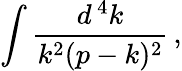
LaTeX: \int{\frac{d^{\, 4}k}{k^{2}(p-k)^{2}}}\, ,